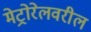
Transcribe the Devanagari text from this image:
मेट्रोरेलवरील